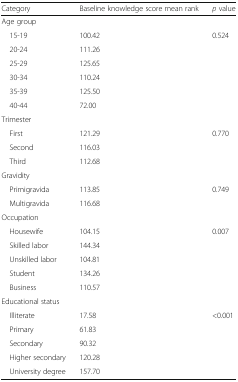
| Category | Baseline knowledge score mean rank | p value |
 | --- | --- | --- |
 | <COLSPAN=3> Age group |
 | 15-19 | 100.42 | <ROWSPAN=6> 0.524 |
 | 20-24 | 111.26 |
 | 25-29 | 125.65 |
 | 30-34 | 110.24 |
 | 35-39 | 125.50 |
 | 40-44 | 72.00 |
 | <COLSPAN=3> Trimester |
 | First | 121.29 | <ROWSPAN=3> 0.770 |
 | Second | 116.03 |
 | Third | 112.68 |
 | <COLSPAN=3> Gravidity |
 | Primigravida | 113.85 | <ROWSPAN=2> 0.749 |
 | Multigravida | 116.68 |
 | <COLSPAN=3> Occupation |
 | Housewife | 104.15 | <ROWSPAN=5> 0.007 |
 | Skilled labor | 144.34 |
 | Unskilled labor | 104.81 |
 | Student | 134.26 |
 | Business | 110.57 |
 | <COLSPAN=3> Educational status |
 | Illiterate | 17.58 | <ROWSPAN=5> <0.001 |
 | Primary | 61.83 |
 | Secondary | 90.32 |
 | Higher secondary | 120.28 |
 | University degree | 157.70 |